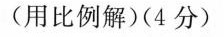
(用比例解)(4分)